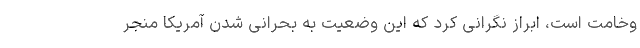
وخامت است، ابراز نگرانی کرد که این وضعیت به بحرانی شدن آمریکا منجر